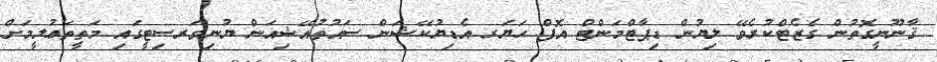
ޤާނޫނީގޮތުން ގެޒެޓްކުރެވޭ ލިޔުން ޑިޕާޓްމަންޓް އޮފް ހަޔަރ އެޑިޔުކޭޝަން ސައުތުއޭޝިއަން ޔުނިވަރސިޓީގައި މަތީތަޢުލީމަށް